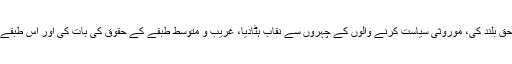
جناب الطاف حسین کا قصور کیا یہ ہے کہ انہوں نے فرسودہ جاگیردارانہ نظام کیخلاف آواز حق بلند کی، موروثی سیاست کرنے والوں کے چہروں سے نقاب ہٹادیا، غریب و متوسط طبقے کے حقوق کی بات کی اور اس طبقے سے تعلق رکھنے والے تعلیم یافتہ، ایماندار اور باصلاحیت نوجوانوں کو ایوانوں میں پہنچایا۔